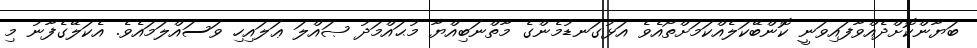
ބަޔާންކޮށްދެއްވާފައިވަނީ ކޮންބޭކަލެއްކަމަށްތޯއެވެ އަޅުގަނޑުމެންގެ މާތްނަބިއްޔާ މުޙައްމަދު ޞައްލަ ޢަލައިހި ވަސައްލަމައެވެ. އެކަލޭގެފާނު މި